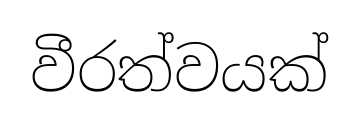
වීරත්වයක්